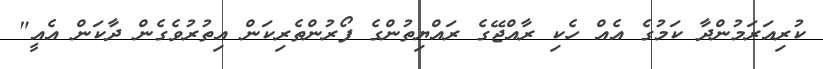
ކުރިއަރަމުންދާ ކަމުގެ އެއް ހެކި ރާއްޖޭގެ ރައްޔިތުންގެ ފޯރުންތެރިކަން އިތުރުވެގެން ދާކަން އެއީ"